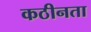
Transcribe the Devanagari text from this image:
कठीनता